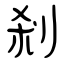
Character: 剎